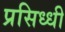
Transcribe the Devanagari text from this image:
प्रसिध्‍धी